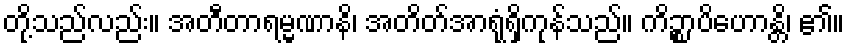
တို့သည်လည်း။ အတီတာရမ္မဏာနိ၊ အတိတ်အာရုံရှိကုန်သည်။ ကိဉ္စာပိဟောန္တိ၊ ၏။